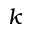
k